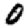
Digit: 0